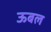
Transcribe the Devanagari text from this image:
ऊबल